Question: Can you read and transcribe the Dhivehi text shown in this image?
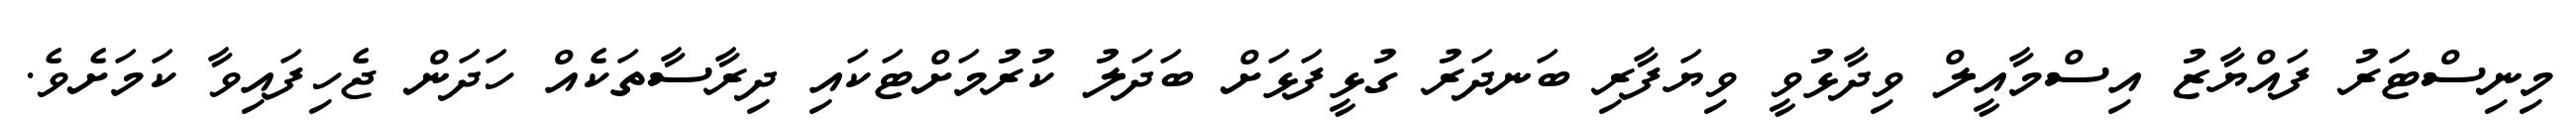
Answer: މިނިސްޓަރު ފައްޔާޒު އިސްމާއީލް ވިދާޅުވީ ވިޔަފާރި ބަނދަރު ގުޅީފަޅަށް ބަދަލު ކުރުމަށްޓަކައި ދިރާސާތަކެއް ހަދަން ޖެހިފައިވާ ކަމަށެވެ.